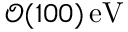
\mathcal { O } ( 1 0 0 ) \, \mathrm { e V }